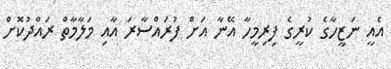
އެއީ ނަޒީހާގެ ކުރީގެ ފިރިމީހާ އޭނާ އަށް ފުރައްސާރަ އާއި މަލާމާތް ރައްދުކޮށް